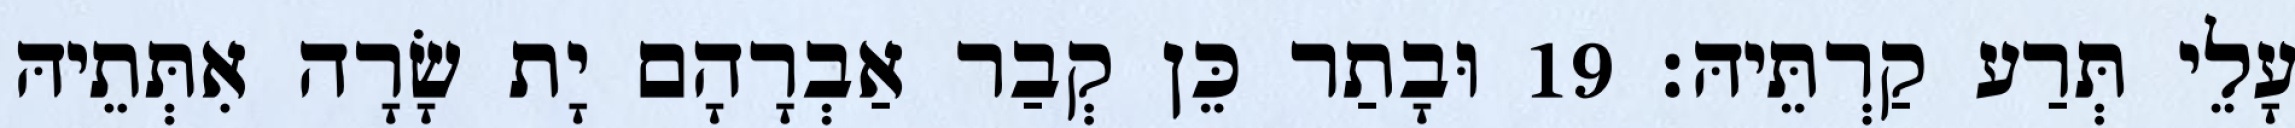
עָלֵי תְּרַע קַרְתֵּיהּ׃ 19 וּבָתַר כֵּן קְבַר אַבְרָהָם יָת שָׂרָה אִתְּתֵיהּ